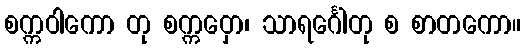
စက္ကဝါကော တု စက္ကဝှော၊ သာရင်္ဂေါတု စ စာတကော။